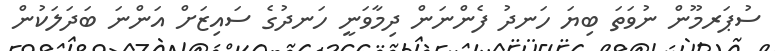
ސުޕަރމޫން ނުވަތަ ބިޔަ ހަނދު ފެންނަން ދިމާވަނީ ހަނދުގެ ސައިޒަށް އަންނަ ބަދަލަކުން